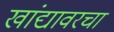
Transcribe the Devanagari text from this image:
खांद्यावरचा